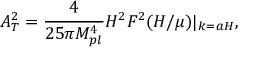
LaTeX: A _ { T } ^ { 2 } = \frac { 4 } { 2 5 \pi M _ { p l } ^ { 4 } } H ^ { 2 } F ^ { 2 } ( H / \mu ) | _ { k = a H } ,